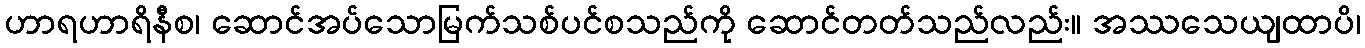
ဟာရဟာရိနီစ၊ ဆောင်အပ်သောမြက်သစ်ပင်စသည်ကို ဆောင်တတ်သည်လည်း။ အဿသေယျထာပိ၊